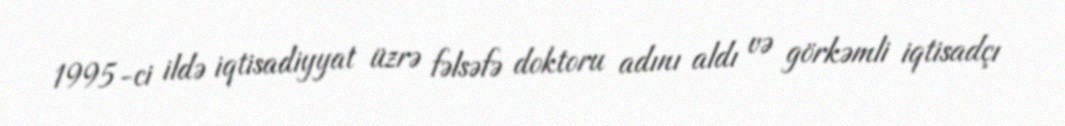
1995-ci ildə iqtisadiyyat üzrə fəlsəfə doktoru adını aldı və görkəmli iqtisadçı